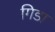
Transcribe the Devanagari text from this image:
गिडा